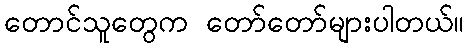
တောင်သူတွေက တော်တော်များပါတယ်။